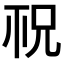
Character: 𥘱